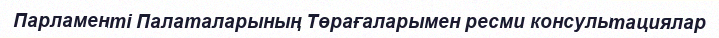
Парламенті Палаталарының Төрағаларымен ресми консультациялар